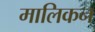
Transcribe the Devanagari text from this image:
मालिकन